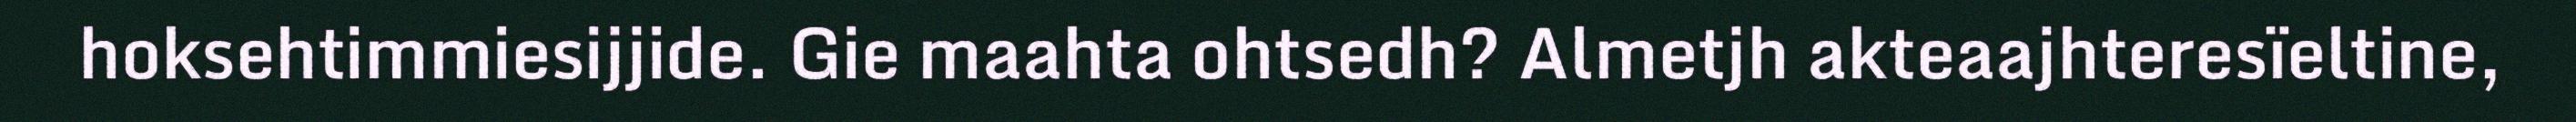
hoksehtimmiesijjide. Gie maahta ohtsedh? Almetjh akteaajhteresïeltine,